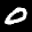
Label: 0